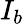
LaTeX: I_{b}